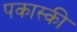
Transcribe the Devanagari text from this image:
पकास्की